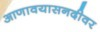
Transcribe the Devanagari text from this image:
आणावयासनदीवर